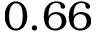
0 . 6 6